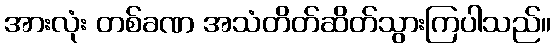
အားလုံး တစ်ခဏ အသံတိတ်ဆိတ်သွားကြပါသည်။